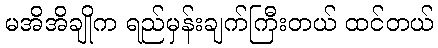
မအိအိချိုက ရည်မှန်းချက်ကြီးတယ် ထင်တယ်